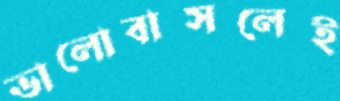
ভালোবাসলেই